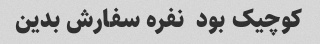
کوچیک بود  نفره سفارش بدین